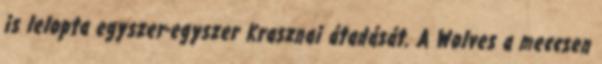
is lelopta egyszer-egyszer Krasznai átadását. A Wolves a meccsen